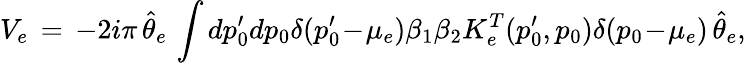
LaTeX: V_{e}\, =\, -2i\pi\, \hat{\theta}_{e}\, \int dp_{0}^{\prime}dp_{0}\delta(p_{0}^{\prime}\! -\! \mu_{e})\beta_{1}\beta_{2}K_{e}^{T}(p_{0}^{\prime},p_{0})\delta(p_{0}\! -\! \mu_{e})\, \hat{\theta}_{e},